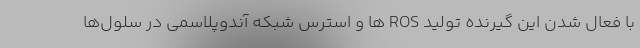
با فعال شدن این گیرنده تولید ROS ها و استرس شبکه آندوپلاسمی در سلول‌ها